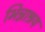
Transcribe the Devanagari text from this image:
भिन्नाश्रय